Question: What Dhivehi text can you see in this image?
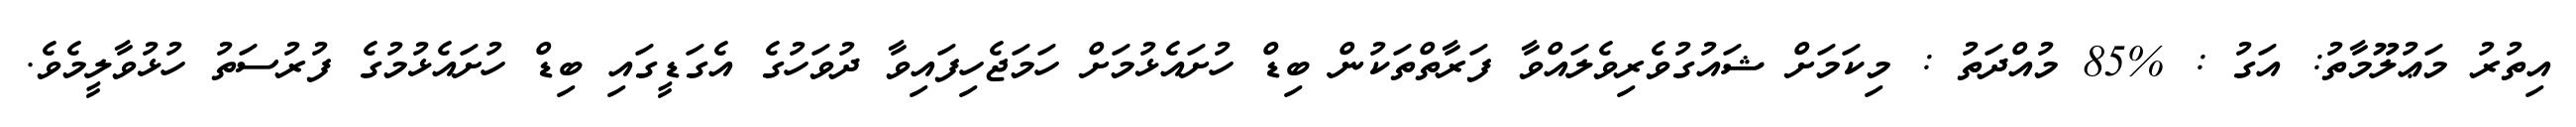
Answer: އިތުރު މަޢުލޫމާތު: އަގު : %85 މުއްދަތު : މިކަމަށް ޝައުގުވެރިވެލައްވާ ފަރާތްތަކުން ބިޑް ހުށައެޅުމަށް ހަމަޖެހިފައިވާ ދުވަހުގެ އެގަޑީގައި ބިޑް ހުށައެޅުމުގެ ފުރުސަތު ހުޅުވާލީމެވެ.